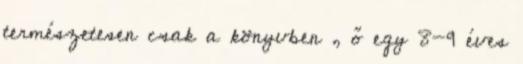
természetesen csak a könyvben , ő egy 8-9 éves